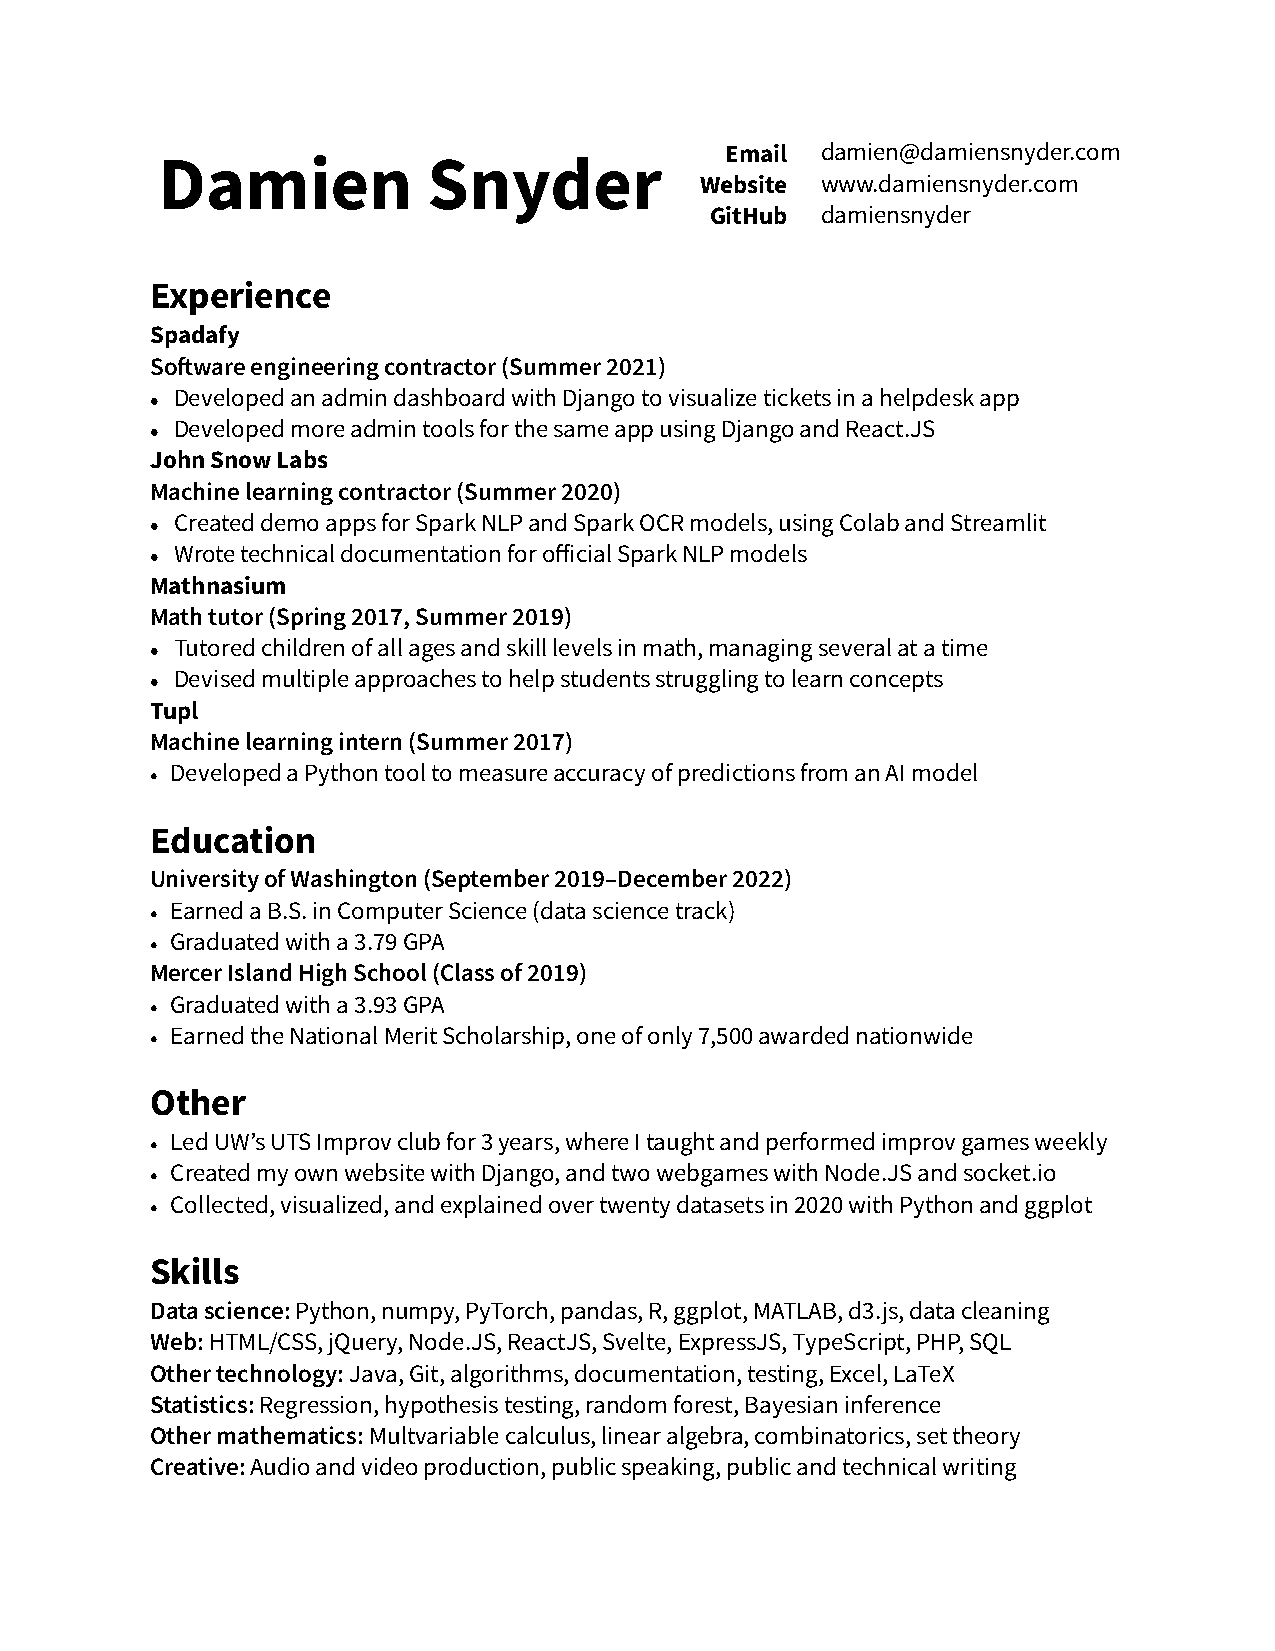
Email damien@damiensnyder.com
 Damien            Snyder
 Website www.damiensnyder.com
 GitHub damiensnyder
 Experience
 Spadafy
 Software engineering contractor (Summer 2021)
 • Developed an admin dashboard with Django to visualize tickets in a helpdesk app
 • Developed more admin tools for the same app using Django and React.JS
 John Snow Labs
 Machine learning contractor (Summer 2020)
 • Created demo apps for Spark NLP and Spark OCR models, using Colab and Streamlit
 • Wrote technical documentation for official Spark NLP models
 Mathnasium
 Math tutor (Spring 2017, Summer 2019)
 • Tutored children of all ages and skill levels in math, managing several at a time
 • Devised multiple approaches to help students struggling to learn concepts
 Tupl
 Machine learning intern (Summer 2017)
 • Developed a Python tool to measure accuracy of predictions from an AI model
 Education
 University of Washington (September 2019–December 2022)
 • Earned a B.S. in Computer Science (data science track)
 • Graduated with a 3.79 GPA
 Mercer Island High School (Class of 2019)
 • Graduated with a 3.93 GPA
 • Earned the National Merit Scholarship, one of only 7,500 awarded nationwide
 Other
 • Led UW’s UTS Improv club for 3 years, where I taught and performed improv games weekly
 • Created my own website with Django, and two webgames with Node.JS and socket.io
 • Collected, visualized, and explained over twenty datasets in 2020 with Python and ggplot
 Skills
 Data science: Python, numpy, PyTorch, pandas, R, ggplot, MATLAB, d3.js, data cleaning
 Web: HTML/CSS, jQuery, Node.JS, ReactJS, Svelte, ExpressJS, TypeScript, PHP, SQL
 Other technology: Java, Git, algorithms, documentation, testing, Excel, LaTeX
 Statistics: Regression, hypothesis testing, random forest, Bayesian inference
 Other mathematics: Multvariable calculus, linear algebra, combinatorics, set theory
 Creative: Audio and video production, public speaking, public and technical writing